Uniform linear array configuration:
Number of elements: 4
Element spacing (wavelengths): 0.75
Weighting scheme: blackman
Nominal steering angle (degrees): -45
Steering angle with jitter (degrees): -43.022
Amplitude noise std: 0.05
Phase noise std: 0.05

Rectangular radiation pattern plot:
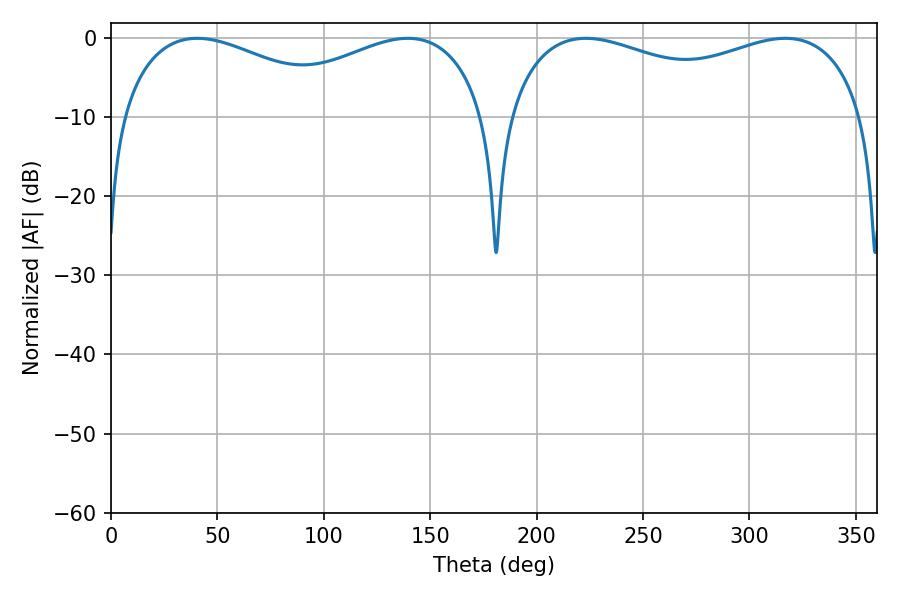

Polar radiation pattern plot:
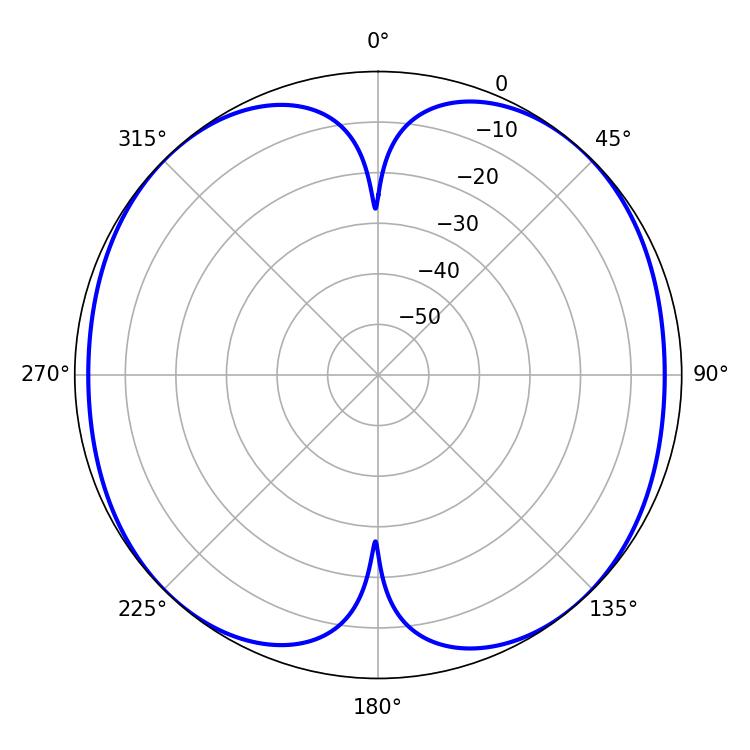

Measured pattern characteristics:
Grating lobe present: TRUE
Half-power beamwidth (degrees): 61.02
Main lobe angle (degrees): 40.5